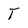
Character: Y